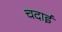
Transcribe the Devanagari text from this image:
चदाई